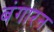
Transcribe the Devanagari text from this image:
बंगारन